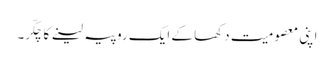
اپنی معصومیت دکھا کے ایک روپیہ لینے کا چکّر۔